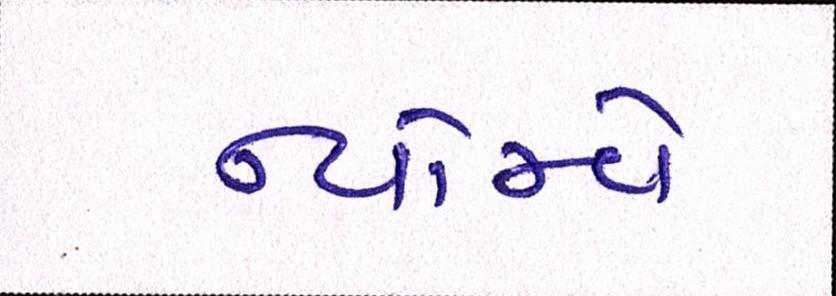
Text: ન્યોમ્વે